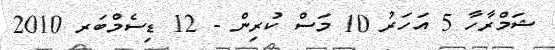
ޝަމްރާހާ 5 އަހަރު 10 މަސް ކުރިން - 12 ޑިސެމްބަރ 2010